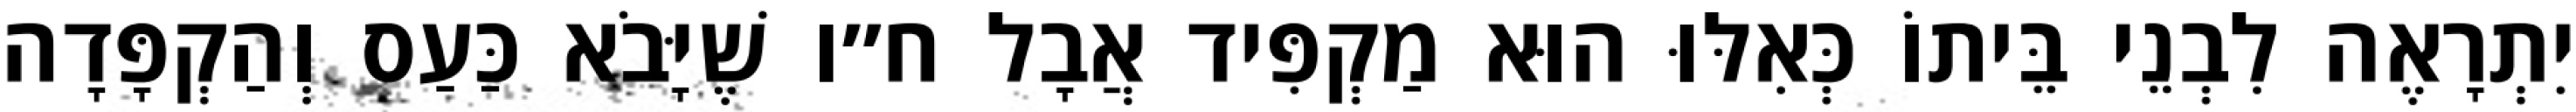
יִתְרָאֶה לִבְנֵי בֵּיתוֹ כְּאִלּוּ הוּא מַקְפִּיד אֲבָל ח״ו שֶׁיָּבֹא כַּעַס וְהַקְפָּדָה